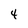
Character: 4